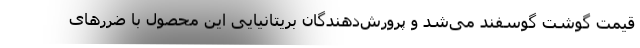
قیمت گوشت گوسفند می‌شد و پرورش‌دهندگان بریتانیایی این محصول با ضررهای